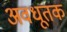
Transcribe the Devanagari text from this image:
अवधूतक